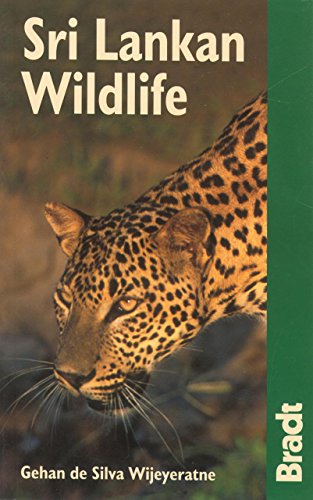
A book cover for Sri Lankan Wildlife (Bradt Guides); Gehan Wijeyeratne; Travel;